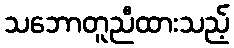
သဘောတူညီထားသည့်